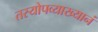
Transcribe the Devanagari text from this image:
तस्योपव्याख्यानं